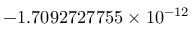
- 1 . 7 0 9 2 7 2 7 7 5 5 \times 1 0 ^ { - 1 2 }